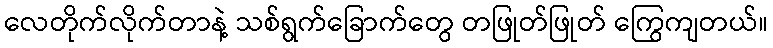
လေတိုက်လိုက်တာနဲ့ သစ်ရွက်ခြောက်တွေ တဖြုတ်ဖြုတ် ကြွေကျတယ်။